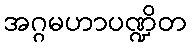
အဂ္ဂမဟာပဏ္ဍိတ